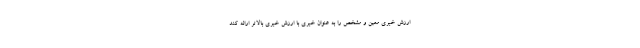
ارزش خبری معین و مشخص را به عنوان خبری با ارزش خبری بالاتر ارائه کند